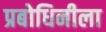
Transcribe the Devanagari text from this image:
प्रबोधिनीला